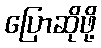
ပြောဆိုဖို့